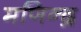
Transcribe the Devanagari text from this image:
मणिन्द्र